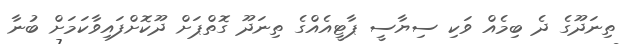
ތިނަދޫގެ ދެ ބިމެއް ވަކި ސިޔާސީ ޕާޓީއެއްގެ ތިނަދޫ ގޮތްޕަށް ދޫކޮށްފައިވާކަމަށް ބުނާ